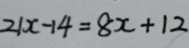
2 1 x - 1 4 = 8 x + 1 2